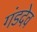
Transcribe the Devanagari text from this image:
गंडदेव